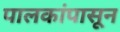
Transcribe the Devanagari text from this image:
पालकांपासून